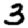
Digit: 3